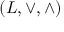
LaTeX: ( L , \vee , \wedge )